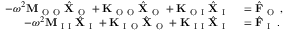
\begin{array} { r l } { - \omega ^ { 2 } \mathbf { M } _ { \mathrm { ~ O ~ O ~ } } \hat { \mathbf { X } } _ { \mathrm { ~ O ~ } } + \mathbf { K } _ { \mathrm { ~ O ~ O ~ } } \hat { \mathbf { X } } _ { \mathrm { ~ O ~ } } + \mathbf { K } _ { \mathrm { ~ O ~ I ~ } } \hat { \mathbf { X } } _ { \mathrm { ~ I ~ } } } & { { } = \hat { \mathbf { F } } _ { \mathrm { ~ O ~ } } \, , } \\ { - \omega ^ { 2 } \mathbf { M } _ { \mathrm { ~ I ~ I ~ } } \hat { \mathbf { X } } _ { \mathrm { ~ I ~ } } + \mathbf { K } _ { \mathrm { ~ I ~ O ~ } } \hat { \mathbf { X } } _ { \mathrm { ~ O ~ } } + \mathbf { K } _ { \mathrm { ~ I ~ I ~ } } \hat { \mathbf { X } } _ { \mathrm { ~ I ~ } } } & { { } = \hat { \mathbf { F } } _ { \mathrm { ~ I ~ } } \, . } \end{array}